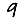
Digit: 9